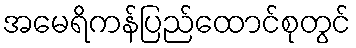
အမေရိကန်ပြည်ထောင်စုတွင်